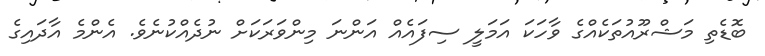
ބޮޑެތި މަޝްރޫއުތަކެއްގެ ވާހަކަ އަމަލީ ސިފައެއް އަންނަ މިންވަރަކަށް ނުދެއްކުނެވެ. އެންމެ އާދައިގެ